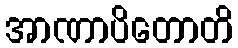
အာဏာပိတောတိ